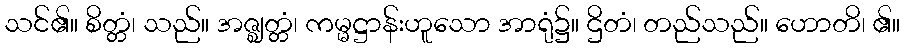
သင်၏။ စိတ္တံ၊ သည်။ အဇ္ဈတ္တံ၊ ကမ္မဋ္ဌာန်းဟူသော အာရုံ၌။ ဌိတံ၊ တည်သည်။ ဟောတိ၊ ၏။